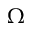
\Omega